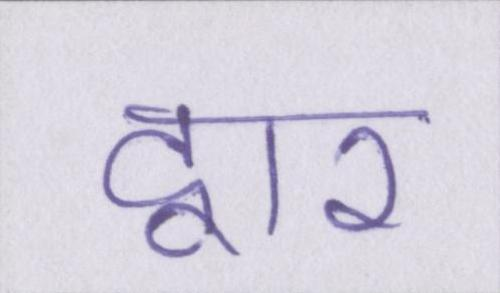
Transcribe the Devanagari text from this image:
द्वार